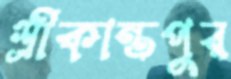
শ্রীকান্তপুর